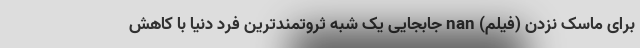
برای ماسک نزدن (فیلم) nan جابجایی یک شبه ثروتمندترین فرد دنیا با کاهش